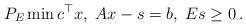
LaTeX: \begin{align*}P_E \min c^\top x, \; Ax -s =b, \; E s\geq 0 \, .\end{align*}